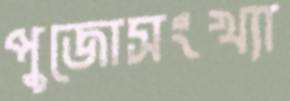
পুজোসংখ্যা